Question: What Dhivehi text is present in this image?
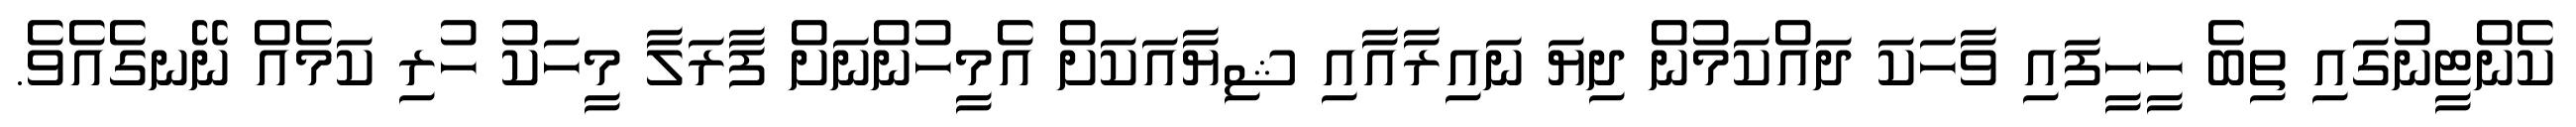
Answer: ކެންޓީނުގައި ތިބެ ހީހީފައި ވާހަކަ ދައްކަމުން ދިޔަ ނައިރާއާއި ޝިޔާއަކަށް އެމީހުންނަށް ފާރަލާ މީހަކު ހުރި ކަމެއް ނޭނގެއެވެ.